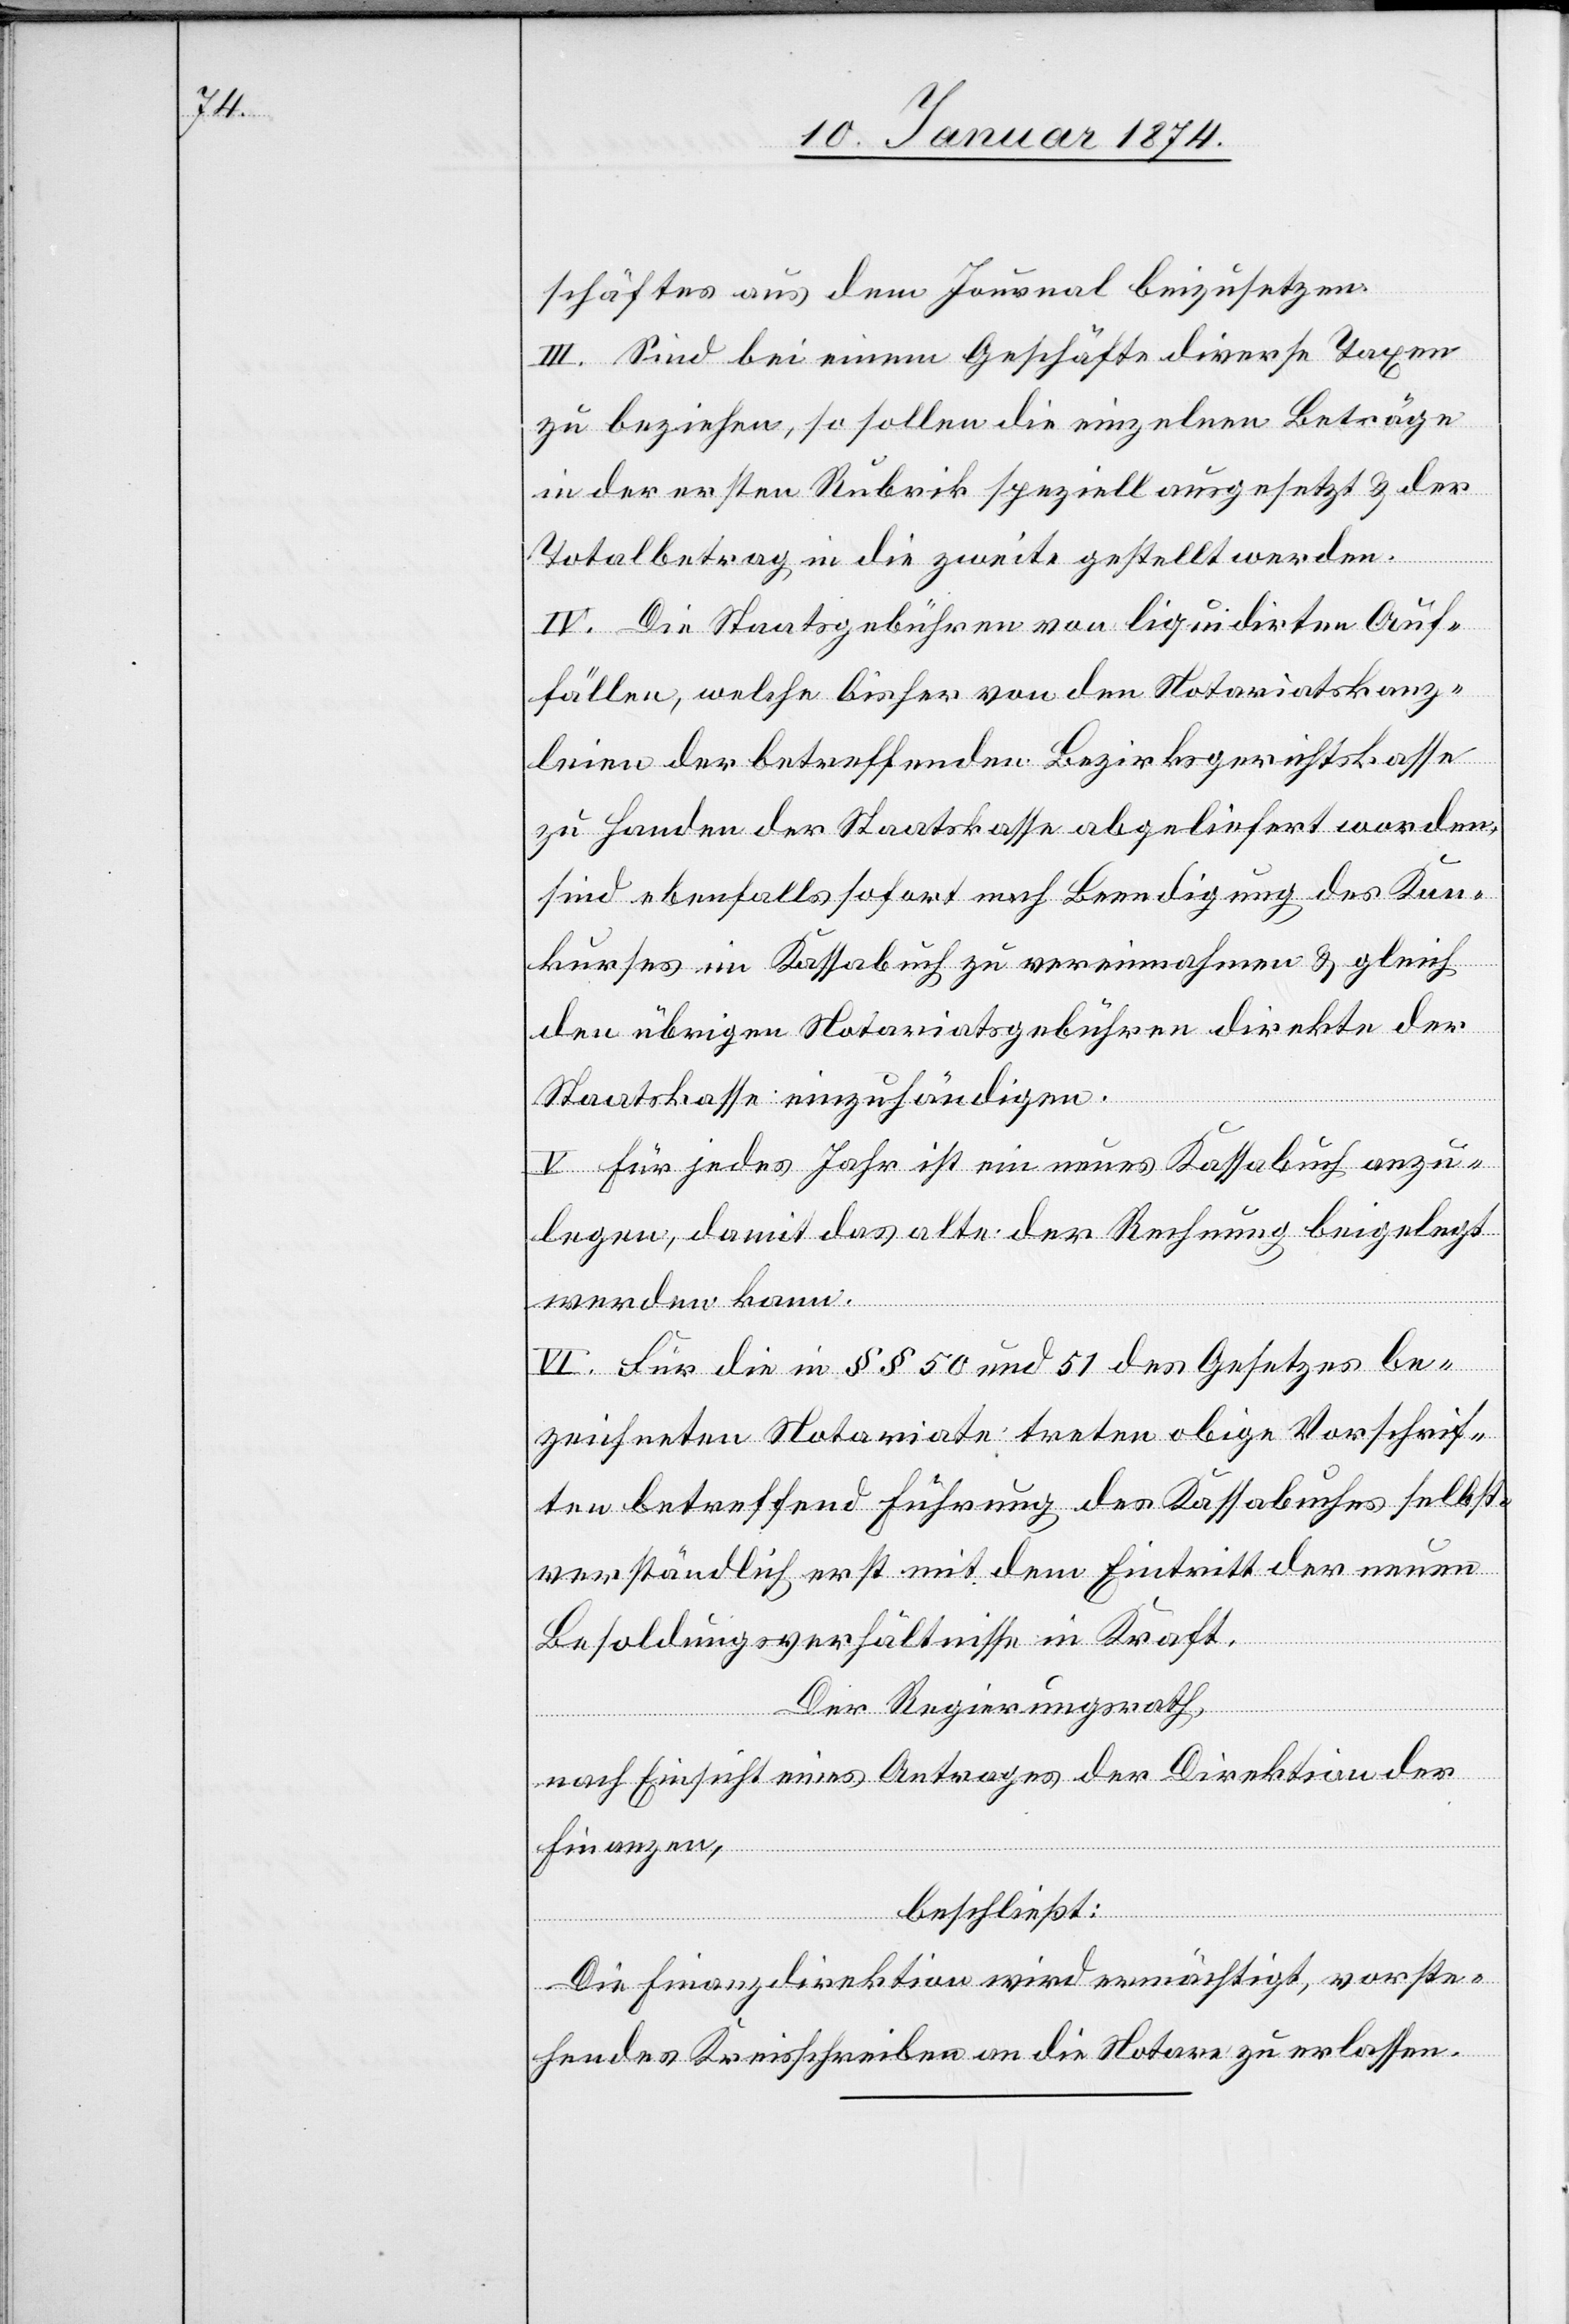
schäftes aus dem Journal beizusetzen.
III. Sind bei einem Geschäfte diverse Taxen
zu beziehen, so sollen die einzelnen Beträge
in der ersten Rubrik speziell ausgesetzt & der
Totalbetrag in die zweite gestellt werden.
IV. Die Staatsgebühren von liquidirten Auf¬
fällen, welche bisher von den Notariatskanz¬
leien der betreffenden Bezirksgerichtskasse
zu Handen der Staatskasse abgeliefert worden
sind ebenfalls sofort nach Beendigung des Kon¬
kurses in Kassabuch zu vereinnahmen & gleich
den übrigen Notariatsgebühren direkte der
Staatskasse einzuhändigen.
V. Für jedes Jahr ist ein neues Kassabuch anzu¬
legen, damit das alte der Rechnung beigelegt
werden kann.
VI. Für die in §§ 50 und 51 des Gesetzes be¬
zeichneten Notariate treten obige Vorschrif¬
ten betreffend Führung des Kassabuches selbst¬
verständlich erst mit dem Eintritt der neuen
Besoldungsverhältnisse in Kraft.
Der Regierungsrath,
nach Einsicht eines Antrages der Direktion der
Finanzen,
beschließt:
Die Finanzdirektion wird ermächtigt, vorste¬
hendes Kreisschreiben an die Notare zu erlassen.